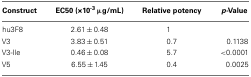
<table><thead><tr><td><b>Construct</b></td><td><b>EC50 (×10<sup>-3</sup> μg/mL)</b></td><td><b>Relative potency</b></td><td><b><i>p-</i>Value</b></td></tr></thead><tbody><tr><td>hu3F8</td><td>2.61 ± 0.48</td><td>1</td><td></td></tr><tr><td>V3</td><td>3.83 ± 0.51</td><td>0.7</td><td>0.1138</td></tr><tr><td>V3-Ile</td><td>0.46 ± 0.08</td><td>5.7</td><td>&lt;0.0001</td></tr><tr><td>V5</td><td>6.55 ± 1.45</td><td>0.4</td><td>0.0025</td></tr></tbody></table>